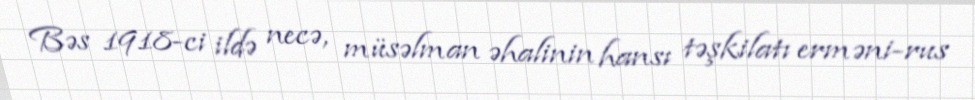
Bəs 1918-ci ildə necə, müsəlman əhalinin hansı təşkilatı erməni-rus